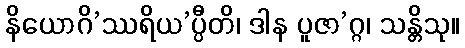
နိယောဂိ’ဿရိယ’ပ္ပီတိ၊ ဒါန ပူဇာ’ဂ္ဂ၊ သန္တိသု။